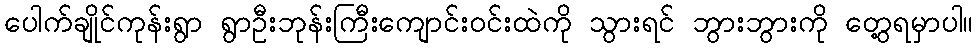
ပေါက်ချိုင်ကုန်းရွာ ရွာဦးဘုန်းကြီးကျောင်းဝင်းထဲကို သွားရင် ဘွားဘွားကို တွေ့ရမှာပါ။